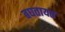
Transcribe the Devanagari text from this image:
बघतायत